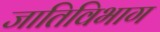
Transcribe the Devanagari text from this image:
जातिविभाग